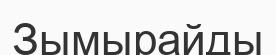
Зымырайды